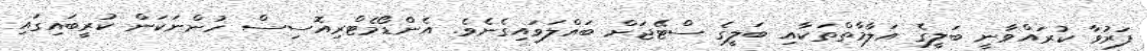
ފަރުވާ ކުރައްވާނީ ބަލީގެ އަލާމާތްތަކާއި ބަލީގެ ސްޓޭޖަށް ބައްލަވައިގެނެވެ. އެންޑޯމެޓްރިއޮސިސް ހުންނަކަން ކުރީބައިގައި